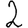
Digit: 2